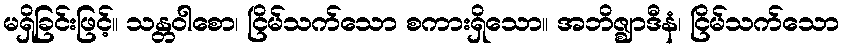
မရှိခြင်းဖြင့်။ သန္တဝါစော၊ ငြိမ်သက်သော စကားရှိသော။ အဘိဇ္ဈာဒီနံ၊ ငြိမ်သက်သော